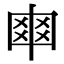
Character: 𠁴